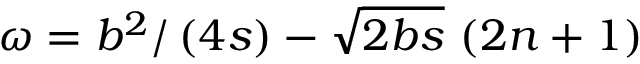
\omega = b ^ { 2 } / \left( 4 s \right) - \sqrt { 2 b s } \, \left( 2 n + 1 \right)